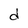
Character: d